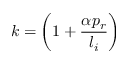
k = \left( 1 + \frac { \alpha p _ { r } } { l _ { i } } \right)